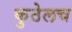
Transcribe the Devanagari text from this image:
कुठेलच